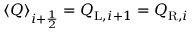
\langle Q \rangle _ { i + \frac { 1 } { 2 } } = Q _ { \mathrm { L } , i + 1 } = Q _ { \mathrm { R } , i }